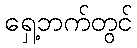
ရှေ့ဘက်တွင်